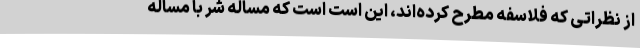
از نظراتی که فلاسفه مطرح کرده‌اند، این است است که مساله شر با مساله